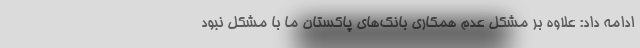
ادامه داد: علاوه بر مشکل عدم همکاری بانک‌های پاکستان ما با مشکل نبود